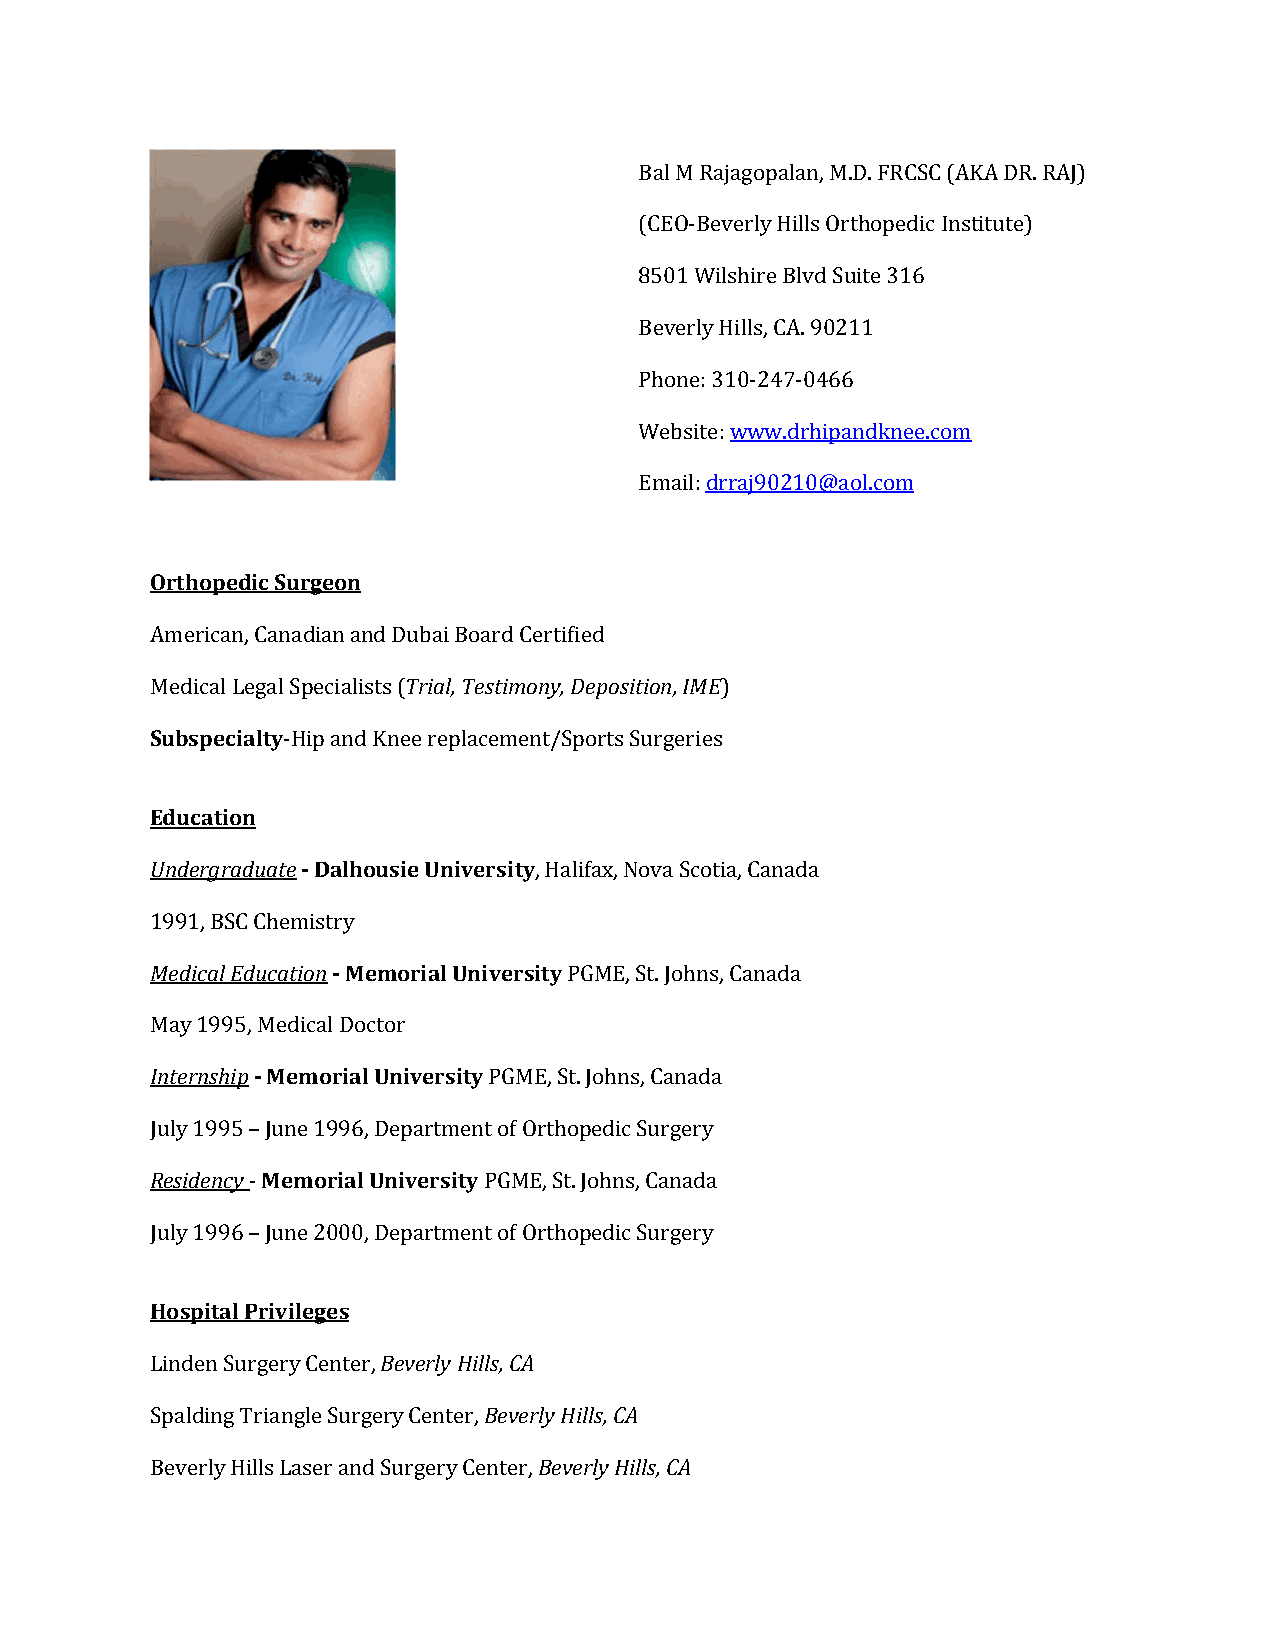
Bal M Rajagopalan, M.D. FRCSC (AKA DR. RAJ)
 (CEO-Beverly Hills Orthopedic Institute)
 8501 Wilshire Blvd Suite 316
 Beverly Hills, CA. 90211
 Phone: 310-247-0466
 Website: www.drhipandknee.com
 Email: drraj90210@aol.com
 Orthopedic Surgeon
 American, Canadian and Dubai Board Certified
 Medical Legal Specialists (Trial, Testimony, Deposition, IME)
 Subspecialty-Hip and Knee replacement/Sports Surgeries
 Education
 Undergraduate - Dalhousie University, Halifax, Nova Scotia, Canada
 1991, BSC Chemistry
 Medical Education - Memorial University PGME, St. Johns, Canada
 May 1995, Medical Doctor
 Internship - Memorial University PGME, St. Johns, Canada
 July 1995 – June 1996, Department of Orthopedic Surgery
 Residency - Memorial University PGME, St. Johns, Canada
 July 1996 – June 2000, Department of Orthopedic Surgery
 Hospital Privileges
 Linden Surgery Center, Beverly Hills, CA
 Spalding Triangle Surgery Center, Beverly Hills, CA
 Beverly Hills Laser and Surgery Center, Beverly Hills, CA